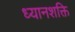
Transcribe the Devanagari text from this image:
ध्यानशक्ति